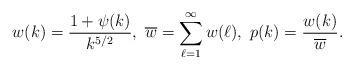
LaTeX: \begin{align*}w(k) =\frac{1+\psi(k)}{k^{5/2}},~\overline{w} = \sum_{\ell=1}^\infty w(\ell),~p(k) = \frac{w(k)}{\overline{w}}.\end{align*}